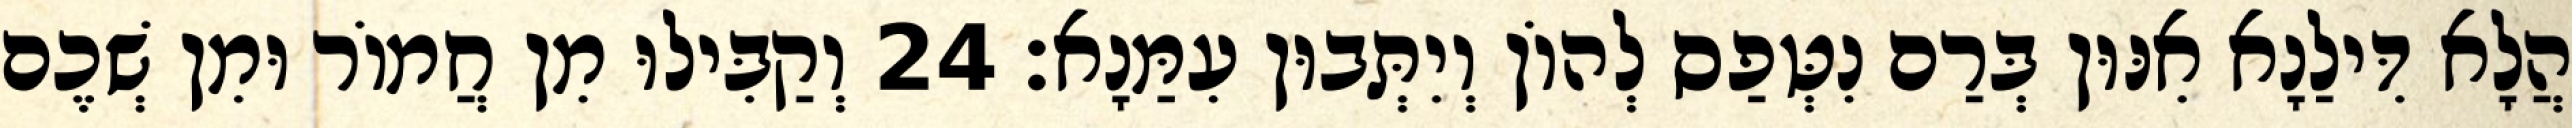
הֲלָא דִּילַנָא אִנּוּן בְּרַם נִטְּפַס לְהוֹן וְיִתְּבוּן עִמַּנָא׃ 24 וְקַבִּילוּ מִן חֲמוֹר וּמִן שְׁכֶם